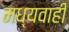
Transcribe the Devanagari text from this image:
मध्यवाही